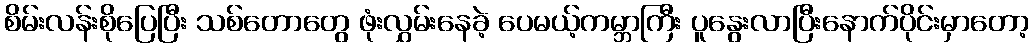
စိမ်းလန်းစိုပြေပြီး သစ်တောတွေ ဖုံးလွှမ်းနေခဲ့ ပေမယ့်ကမ္ဘာကြီး ပူနွေးလာပြီးနောက်ပိုင်းမှာတော့